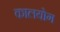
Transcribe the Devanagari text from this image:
कालयोग